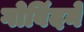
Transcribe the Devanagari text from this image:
गोविंदने